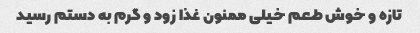
تازه و خوش طعم خیلی ممنون غذا زود و گرم به دستم رسید